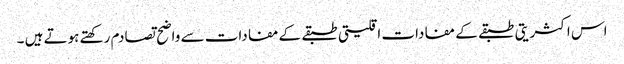
اس اکثریتی طبقے کے مفادات اقلیتی طبقے کے مفادات سے واضح تصادم رکھتے ہوتے ہیں ۔